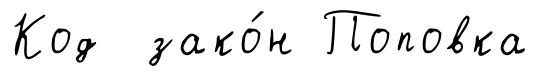
Код зако́н Поповка